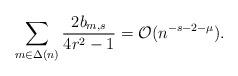
LaTeX: \begin{align*}\sum_{ m\in \Delta(n) } \frac{2b_{m,s} }{ 4r^2 - 1 } =\mathcal{O}(n^{-s-2-\mu}).\end{align*}